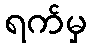
ရက်မှ